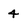
Character: 4